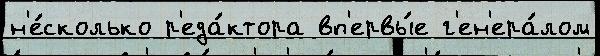
н'е́сколько р'еда́ктора вп'ервы́е г'ен'ера́лом